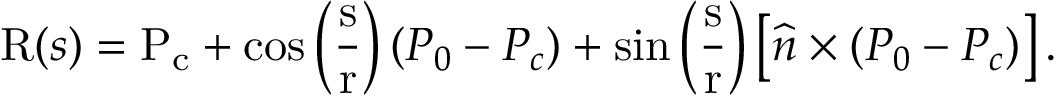
\mathrm { R } ( s ) = \mathrm { P _ { c } } + \cos \left( { \frac { \mathrm { s } } { \mathrm { r } } } \right) ( P _ { 0 } - P _ { c } ) + \sin \left( { \frac { \mathrm { s } } { \mathrm { r } } } \right) \left[ { \widehat { n } } \times ( P _ { 0 } - P _ { c } ) \right] .